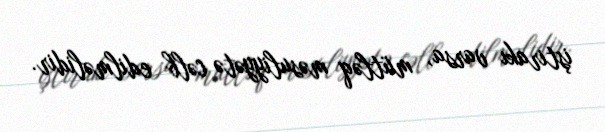
iştirakı varsa, mütləq məsuliyyətə cəlb edilməlidir.